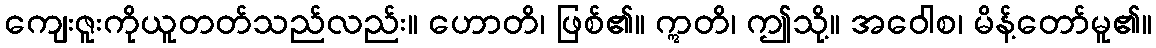
ကျေးဇူးကိုယူတတ်သည်လည်း။ ဟောတိ၊ ဖြစ်၏။ ဣတိ၊ ဤသို့။ အဝေါစ၊ မိန့်တော်မူ၏။